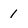
Character: 1